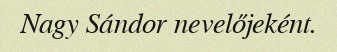
Nagy Sándor nevelőjeként.